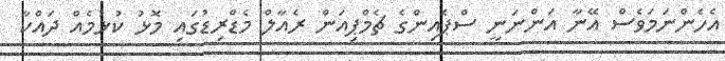
އެހެންނަމަވެސް އޭނާ އަންނަނީ ސްޕެއިންގެ ޗެމްޕިއަން ރެއާލް މެޑްރިޑުގައި މޮޅު ކުޅުމެއް ދައްކާ